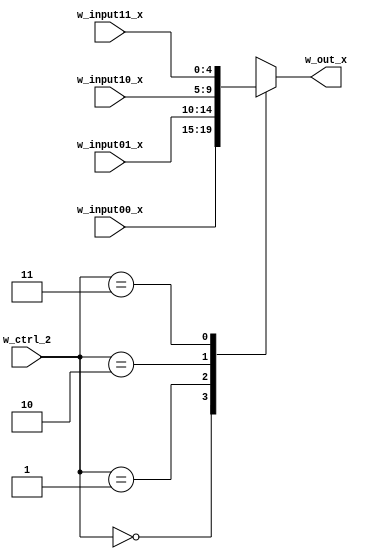
module mux_421 #(parameter WIDTH=5)(
    w_input00_x,
    w_input01_x,
    w_input10_x,
    w_input11_x,
    w_out_x,
    w_ctrl_2
);

input wire [WIDTH-1:0] w_input00_x, w_input01_x, w_input10_x, w_input11_x;
input wire [1:0] w_ctrl_2;
output reg [WIDTH-1:0] w_out_x;

always @(*) begin
  case(w_ctrl_2)
  2'b00: w_out_x = w_input00_x;
  2'b01: w_out_x = w_input01_x;
  2'b10: w_out_x = w_input10_x;
  2'b11: w_out_x = w_input11_x;
  endcase
end

endmodule